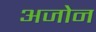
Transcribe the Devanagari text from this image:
अजोन